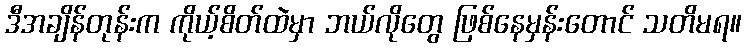
ဒီအချိန်တုန်းက ကိုယ့်စိတ်ထဲမှာ ဘယ်လိုတွေ ဖြစ်နေမှန်းတောင် သတိမရ။